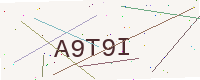
Text: A9T9I